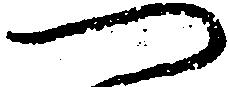
つ